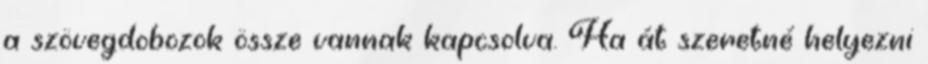
a szövegdobozok össze vannak kapcsolva. Ha át szeretné helyezni